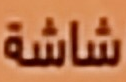
شاشة